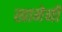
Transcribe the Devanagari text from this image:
खामेनी